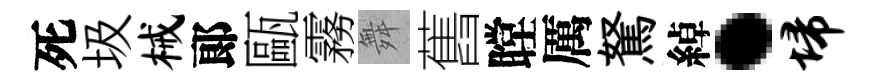
死圾械郞甌霧舞舊瞠厲駑綽·埽